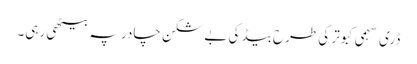
ڈری سہمی کبوتر کی طرح بیڈ کی بے شکن چادر پہ بیٹھی رہی۔